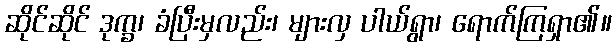
ဆိုင်ဆိုင် ဒုက္ခ၊ ခံပြီးမှလည်း၊ များလှ ပါယ်ရွာ၊ ရောက်ကြရှာ၏။